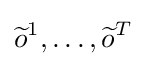
{\widetilde {o}}^{1},\dots ,{\widetilde {o}}^{T}